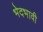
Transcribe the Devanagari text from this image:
भेदभावी